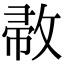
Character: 𢽰